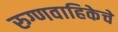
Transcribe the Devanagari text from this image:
रुग्णवाहिकेचे